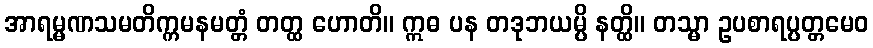
အာရမ္မဏသမတိက္ကမနမတ္တံ တတ္ထ ဟောတိ။ ဣဓ ပန တဒုဘယမ္ပိ နတ္ထိ။ တသ္မာ ဥပစာရပ္ပတ္တမေဝ